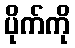
ပိုက်ကို